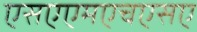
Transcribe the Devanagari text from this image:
एसएएमएचएसए